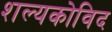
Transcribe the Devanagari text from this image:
शल्यकोविद